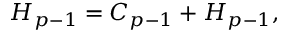
{ \cal H } _ { p - 1 } = C _ { p - 1 } + H _ { p - 1 } ,